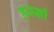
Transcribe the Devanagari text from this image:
हस्सों